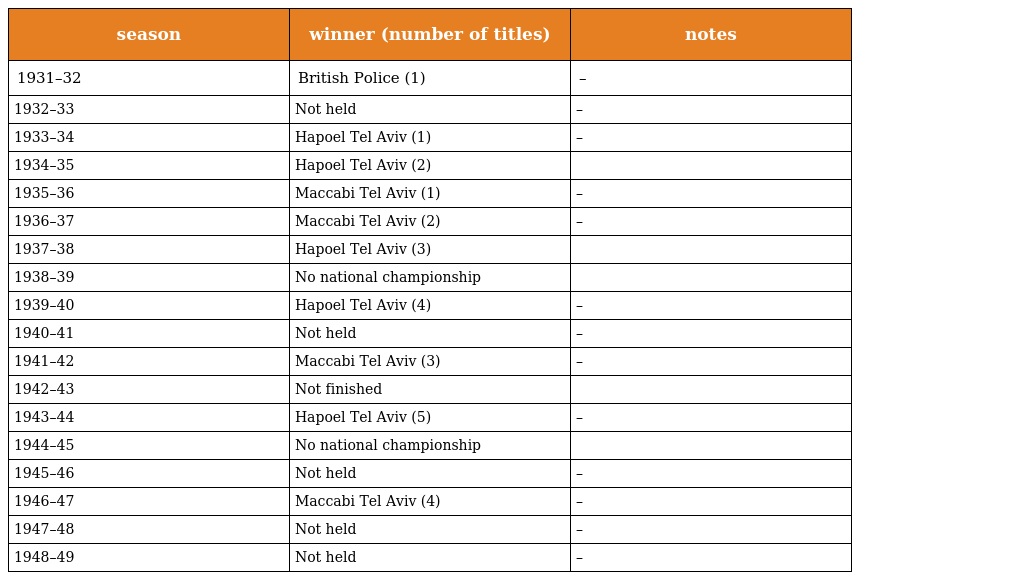
| season | winner (number of titles) | notes |
 | --- | --- | --- |
 | 1931–32 | British Police (1) | – |
 | 1932–33 | Not held | – |
 | 1933–34 | Hapoel Tel Aviv (1) | – |
 | 1934–35 | Hapoel Tel Aviv (2) |  |
 | 1935–36 | Maccabi Tel Aviv (1) | – |
 | 1936–37 | Maccabi Tel Aviv (2) | – |
 | 1937–38 | Hapoel Tel Aviv (3) |  |
 | 1938–39 | No national championship |  |
 | 1939–40 | Hapoel Tel Aviv (4) | – |
 | 1940–41 | Not held | – |
 | 1941–42 | Maccabi Tel Aviv (3) | – |
 | 1942–43 | Not finished |  |
 | 1943–44 | Hapoel Tel Aviv (5) | – |
 | 1944–45 | No national championship |  |
 | 1945–46 | Not held | – |
 | 1946–47 | Maccabi Tel Aviv (4) | – |
 | 1947–48 | Not held | – |
 | 1948–49 | Not held | – |